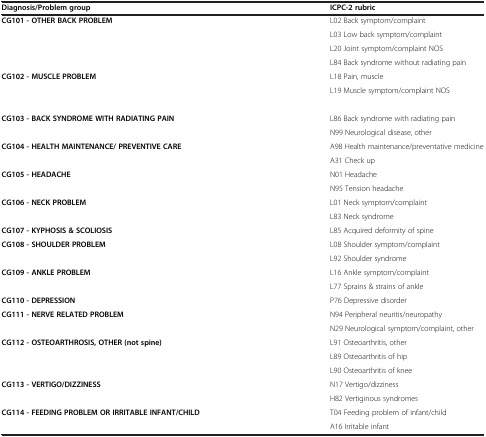
<table><thead><tr><td><b>Diagnosis/Problem group</b></td><td><b>ICPC-2 rubric</b></td></tr></thead><tbody><tr><td><b>CG101 - OTHER BACK PROBLEM</b></td><td>L02 Back symptom/complaint</td></tr><tr><td> </td><td>L03 Low back symptom/complaint</td></tr><tr><td> </td><td>L20 Joint symptom/complaint NOS</td></tr><tr><td> </td><td>L84 Back syndrome without radiating pain</td></tr><tr><td><b>CG102 - MUSCLE PROBLEM</b></td><td>L18 Pain, muscle</td></tr><tr><td> </td><td>L19 Muscle symptom/complaint NOS</td></tr><tr><td> </td><td> </td></tr><tr><td><b>CG103 - BACK SYNDROME WITH RADIATING PAIN</b></td><td>L86 Back syndrome with radiating pain</td></tr><tr><td> </td><td>N99 Neurological disease, other</td></tr><tr><td><b>CG104 - HEALTH MAINTENANCE/ PREVENTIVE CARE</b></td><td>A98 Health maintenance/preventative medicine</td></tr><tr><td> </td><td>A31 Check up</td></tr><tr><td><b>CG105 - HEADACHE</b></td><td>N01 Headache</td></tr><tr><td> </td><td>N95 Tension headache</td></tr><tr><td><b>CG106 - NECK PROBLEM</b></td><td>L01 Neck symptom/complaint</td></tr><tr><td> </td><td>L83 Neck syndrome</td></tr><tr><td><b>CG107 - KYPHOSIS &amp; SCOLIOSIS</b></td><td>L85 Acquired deformity of spine</td></tr><tr><td><b>CG108 - SHOULDER PROBLEM</b></td><td>L08 Shoulder symptom/complaint</td></tr><tr><td> </td><td>L92 Shoulder syndrome</td></tr><tr><td><b>CG109 - ANKLE PROBLEM</b></td><td>L16 Ankle symptom/complaint</td></tr><tr><td> </td><td>L77 Sprains &amp; strains of ankle</td></tr><tr><td><b>CG110 - DEPRESSION</b></td><td>P76 Depressive disorder</td></tr><tr><td><b>CG111 - NERVE RELATED PROBLEM</b></td><td>N94 Peripheral neuritis/neuropathy</td></tr><tr><td> </td><td>N29 Neurological symptom/complaint, other</td></tr><tr><td><b>CG112 - OSTEOARTHROSIS, OTHER (not spine)</b></td><td>L91 Osteoarthritis, other</td></tr><tr><td> </td><td>L89 Osteoarthritis of hip</td></tr><tr><td> </td><td>L90 Osteoarthritis of knee</td></tr><tr><td><b>CG113 - VERTIGO/DIZZINESS</b></td><td>N17 Vertigo/dizziness</td></tr><tr><td> </td><td>H82 Vertiginous syndromes</td></tr><tr><td><b>CG114 - FEEDING PROBLEM OR IRRITABLE INFANT/CHILD</b></td><td>T04 Feeding problem of infant/child</td></tr><tr><td> </td><td>A16 Irritable infant</td></tr></tbody></table>